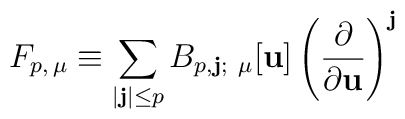
F_{p,\, \mu} \equiv   \sum_{|\mathbf{j}| \le p}B_{p, \mathbf{j};\ \mu}[\mathbf{u}]   \left( \frac{\partial}{\partial \mathbf{u}} \right)^{\mathbf{j}}